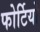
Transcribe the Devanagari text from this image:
फोर्टियो